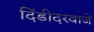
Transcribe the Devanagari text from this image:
दिंडीदरवाजे